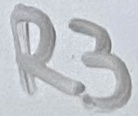
Text: R3